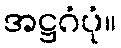
အဋ္ဌဂံပုံ။